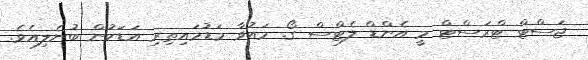
ޖަސްޓް ޓްރަސްޓް މީ އެންޑް ލެޓްސް ގޯ. މައުވާ މަޑުމައިތިރި އަޑަކުން ބުނެލިއެވެ.